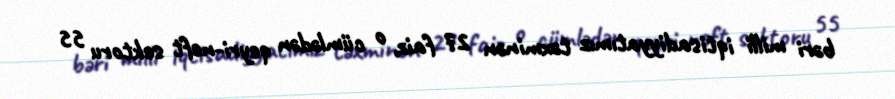
bəri milli iqtisadiyyatımız təxminən 27 faiz, o cümlədən qeyri-neft sektoru 55